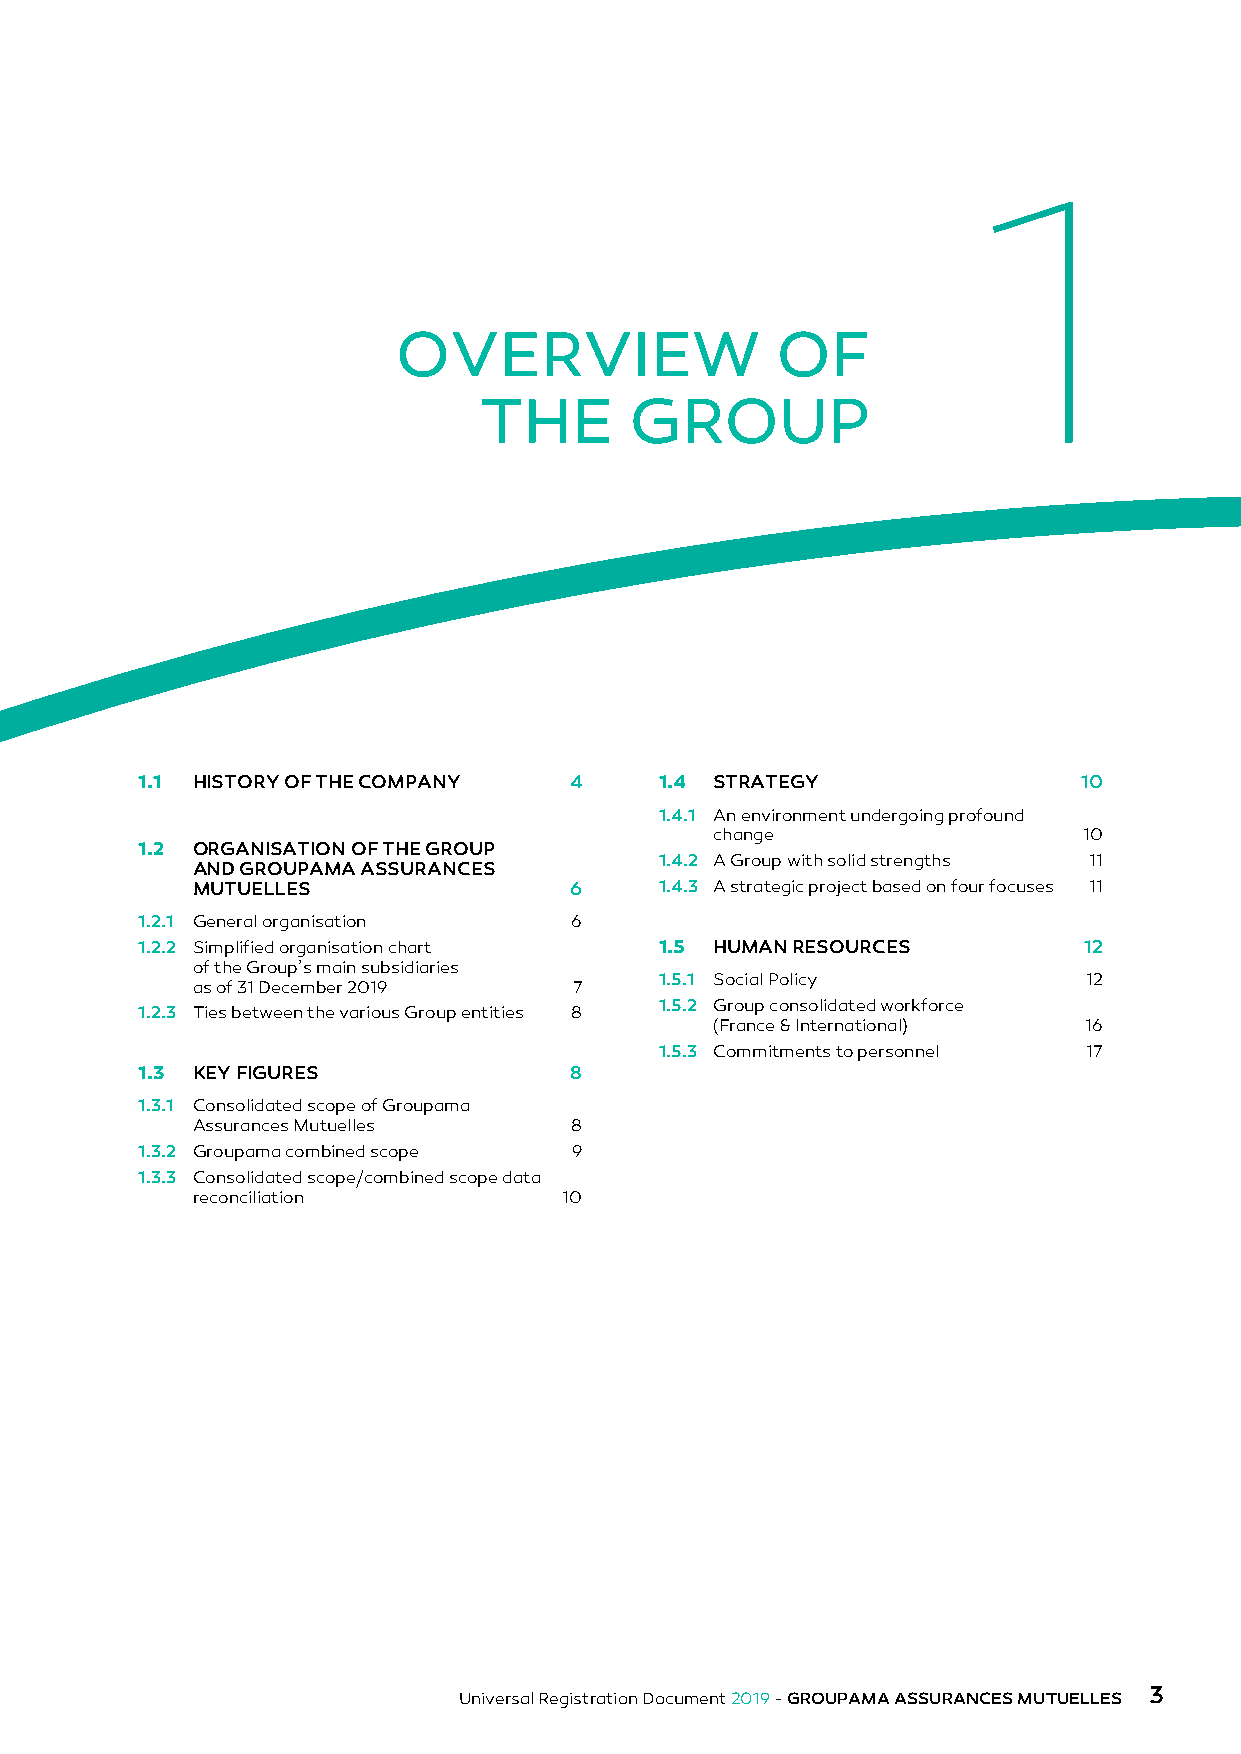
1
 OVERVIEW                 OF
 THE       GROUP
 1.1 HISTORY OF THE COMPANY   4     1.4 STRATEGY               10
 1.4.1 An environment undergoing profound
 change                   10
 1.2 ORGANISATION OF THE GROUP
 1.4.2 A Group with solid strengths 11
 AND GROUPAMA ASSURANCES
 MUTUELLES                6     1.4.3 A strategic project based on four focuses 11
 1.2.1 General organisation   6
 1.2.2 Simplified organisation chart 1.5 HUMAN RESOURCES        12
 of the Group’s main subsidiaries
 1.5.1 Social Policy         12
 as of 31 December 2019   7
 1.5.2 Group consolidated workforce
 1.2.3 Ties between the various Group entities 8
 (France & International) 16
 1.5.3 Commitments to personnel 17
 1.3 KEY FIGURES              8
 1.3.1 Consolidated scope of Groupama
 Assurances Mutuelles     8
 1.3.2 Groupama combined scope 9
 1.3.3 Consolidated scope/combined scope data
 reconciliation          10
 3
 Universal Registration Document 2019 - GROUPAMA ASSURANCES MUTUELLES